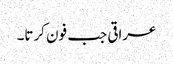
عراقی جب فون کرتا۔